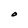
Character: O